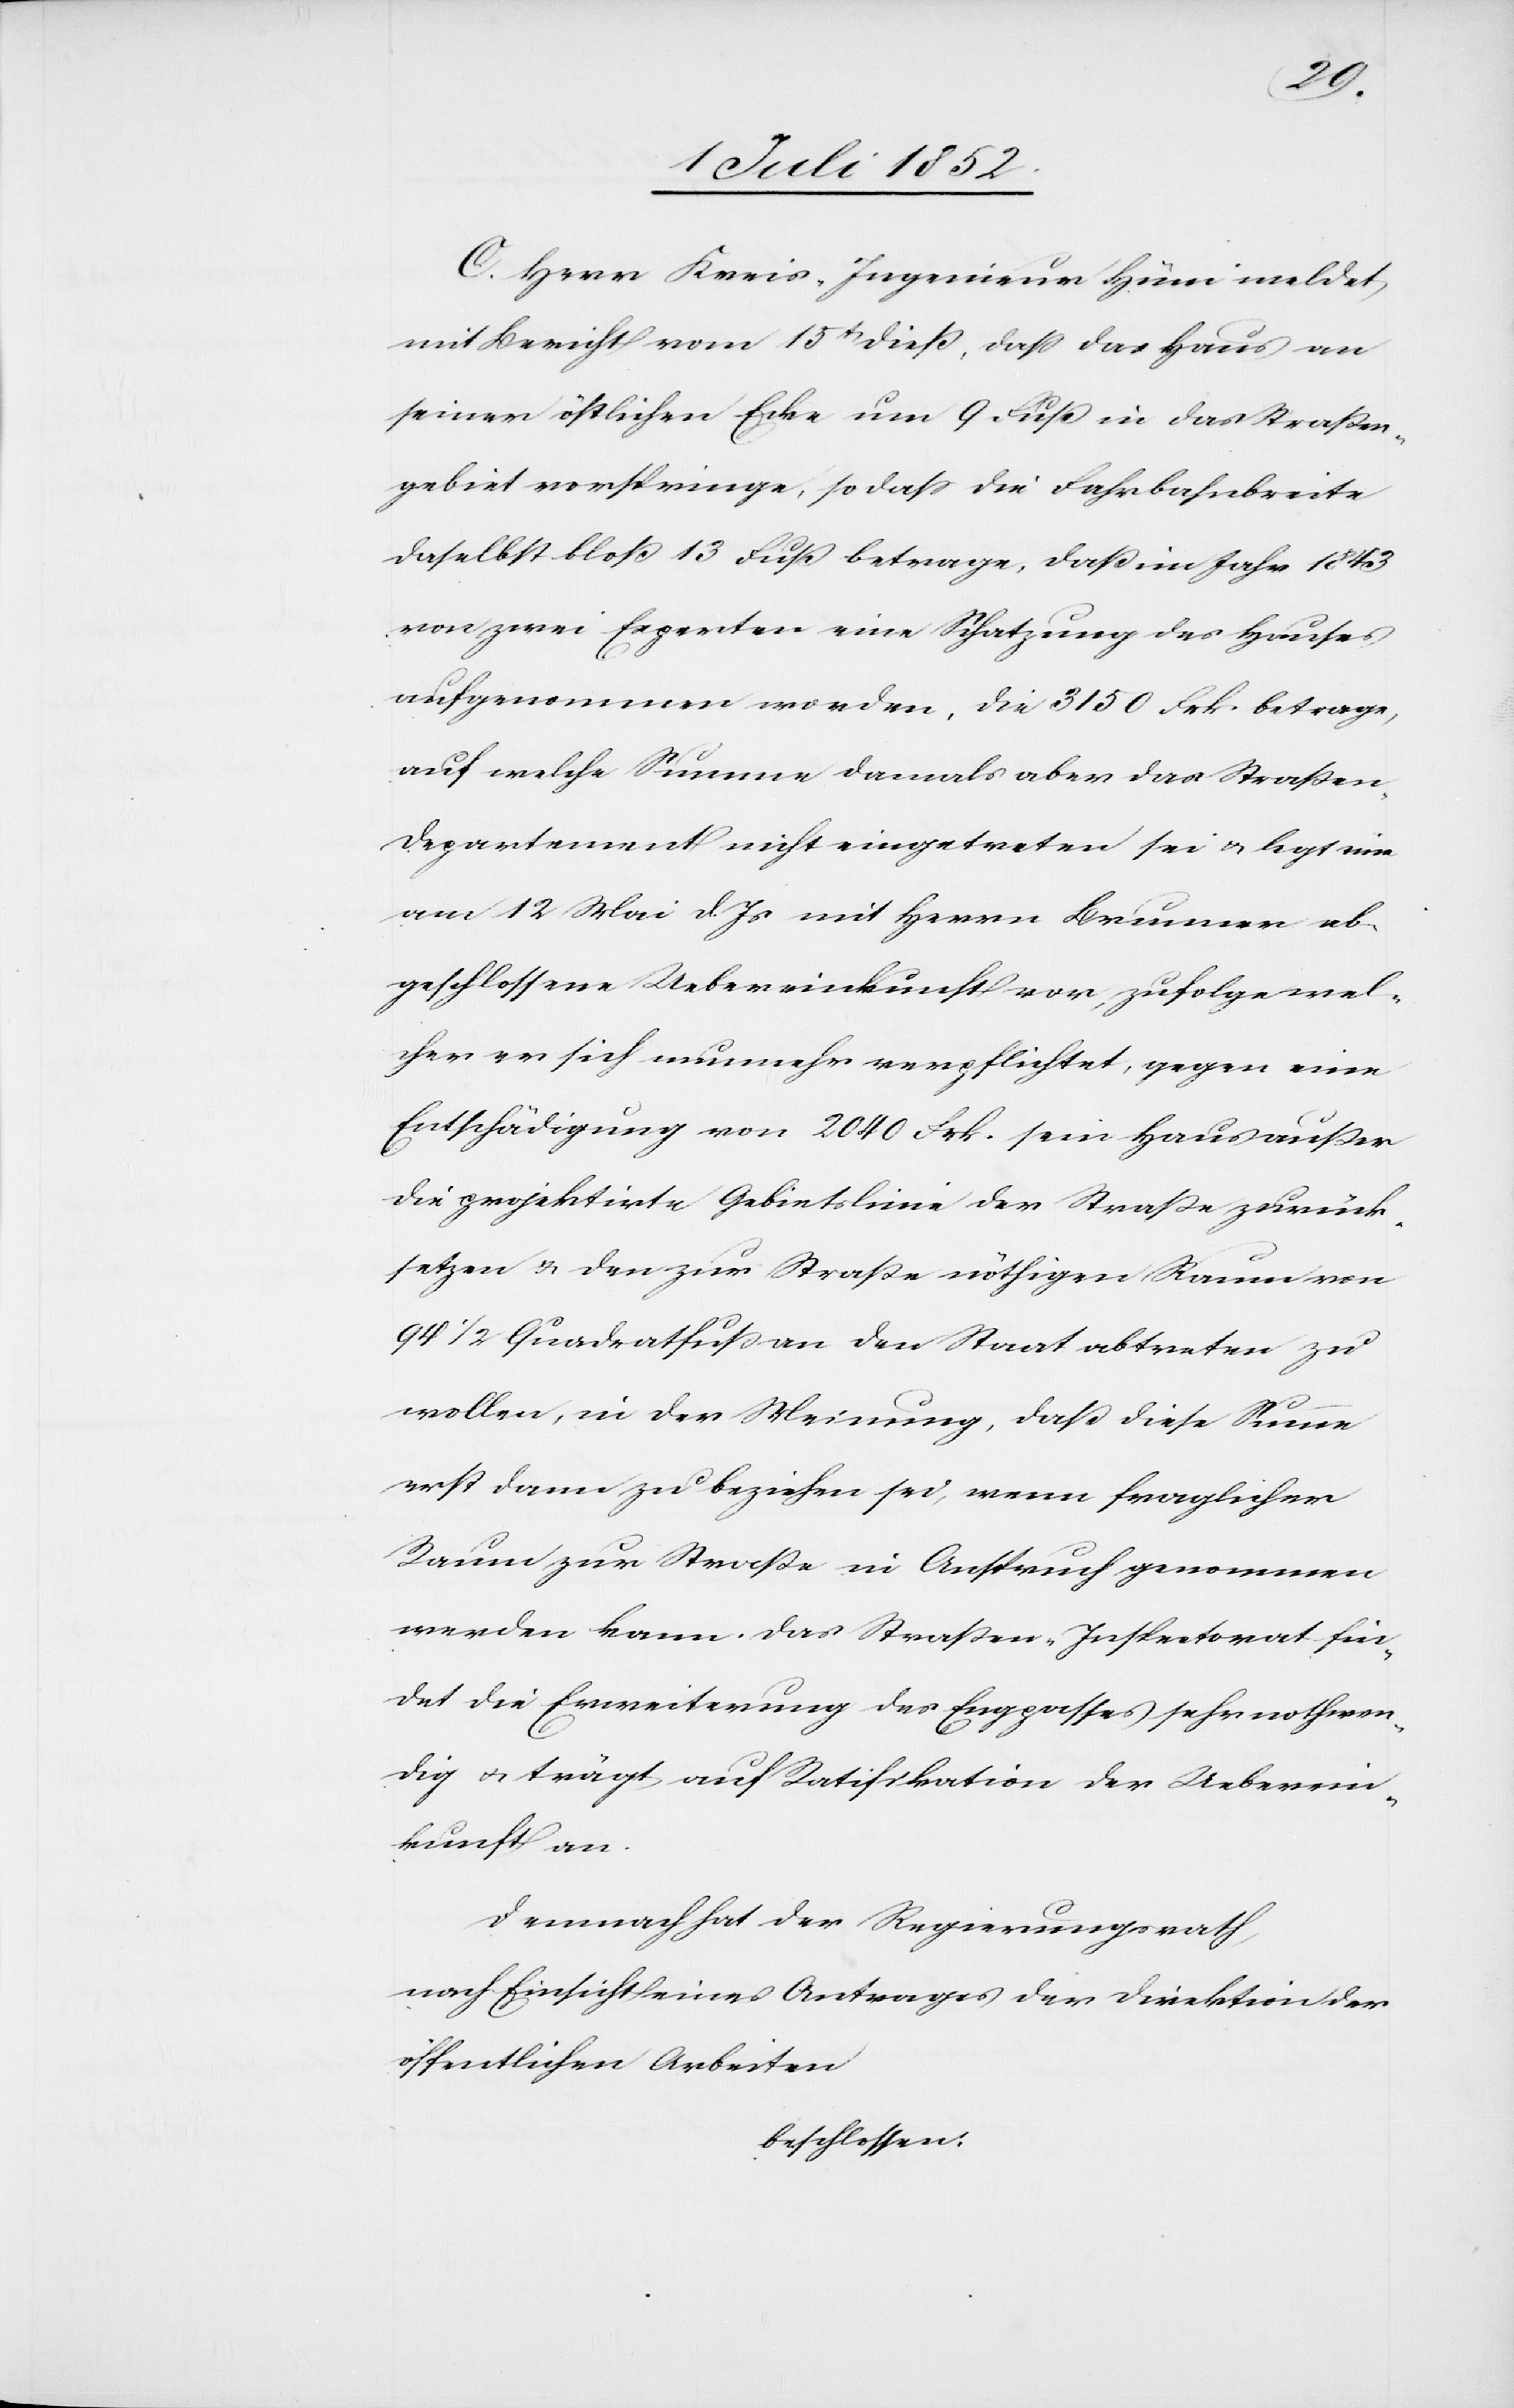
C. Herr Kreis-Ingenieur Hüni meldet
mit Bericht vom 15t dieß, dass das Haus an
seiner östlichen Ecke um 9 Fuß in das Straßen¬
gebiet vorspringe, so dass die Fahrbahnbreite
daselbst bloß 13 Fuß betrage, daß im Jahr 1843
von zwei Experten eine Schatzung des Hauses
aufgenommen worden, die 3150 Frk. betrage,
auf welche Summe damals aber das Straße¬
n-Departement nicht eingetreten sei & legt eine
am 12 Mai d. Js mit Herrn Brunner ab¬
geschlossene Uebereinkunft vor, zufolge wel¬
cher er sich nunmehr verpflichtet, gegen eine
Entschädigung von 2040 Frk. sein Haus außer
die projektirte Gebietslinie der Straße zurück¬
setzen & den zur Straße nöthigen Raum von
94 1/2 Quadratfuß an den Staat abtreten zu
wollen, in der Meinung, daß diese Summe
erst dann zu beziehen sei, wenn fraglicher
Raum zur Straße in Anspruch genommen
werden kann. Das Straßen-Inspektorat fin¬
det die Erweiterung des Engpasses sehr nothwen¬
dig & trägt auf Ratifikation der Ueberein¬
kunft an.
Demnach hat der Regierungsrath,
nach Einsicht eines Antrages der Direktion der
öffentlichen Arbeiten
beschlossen: